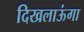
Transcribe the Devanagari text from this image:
दिखलाऊंगा